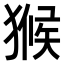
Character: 𤠣